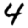
Digit: 4